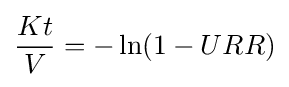
{\frac {Kt}{V}}=-\ln(1-URR)